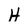
Character: H